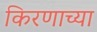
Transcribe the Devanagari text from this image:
किरणाच्या